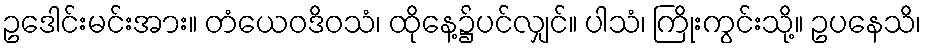
ဥဒေါင်းမင်းအား။ တံယေဝဒိဝသံ၊ ထိုနေ့၌ပင်လျှင်။ ပါသံ၊ ကြိုးကွင်းသို့။ ဥပနေသိ၊